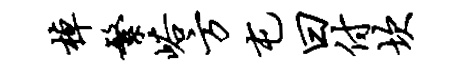
棹繁峪方屯曰付坎